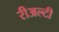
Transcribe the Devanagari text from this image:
रीअल्टी